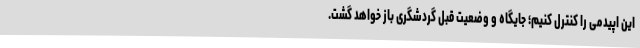
این اپیدمی را کنترل کنیم؛ جایگاه و وضعیت قبل گردشگری باز خواهد گشت.